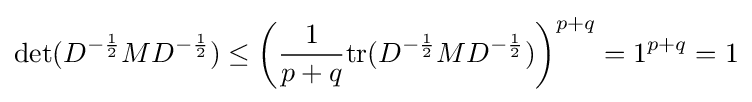
\det(D^{-{\frac {1}{2}}}MD^{-{\frac {1}{2}}})\leq \left({1 \over p+q}\mathrm {tr} (D^{-{\frac {1}{2}}}MD^{-{\frac {1}{2}}})\right)^{p+q}=1^{p+q}=1